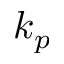
k _ { p }